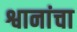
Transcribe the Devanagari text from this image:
श्वानांचा